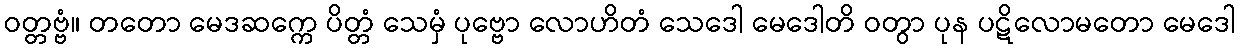
ဝတ္တဗ္ဗံ။ တတော မေဒဆက္ကေ ပိတ္တံ သေမှံ ပုဗ္ဗော လောဟိတံ သေဒေါ မေဒေါတိ ဝတွာ ပုန ပဋိလောမတော မေဒေါ